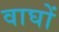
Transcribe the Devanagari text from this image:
वाघों